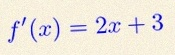
f'(x)=2x+3